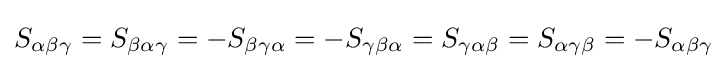
S_{\alpha \beta \gamma }=S_{\beta \alpha \gamma }=-S_{\beta \gamma \alpha }=-S_{\gamma \beta \alpha }=S_{\gamma \alpha \beta }=S_{\alpha \gamma \beta }=-S_{\alpha \beta \gamma }